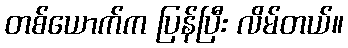
တစ်ယောက်က ပြန်ပြီး လိမ်တယ်။